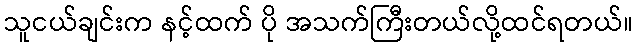
သူငယ်ချင်းက နင့်ထက် ပို အသက်ကြီးတယ်လို့ထင်ရတယ်။